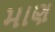
માણ